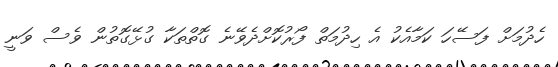
ހެދުމަށް ފަސޭހަ ކަމާއެކު އެ ހިދުމަތް ފޯރުކޮށްދެވޭނެ ގޮތްތަކާ ގުޅޭގޮތުން ވެސް ވަނީ